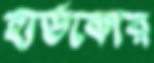
হার্ডকোর